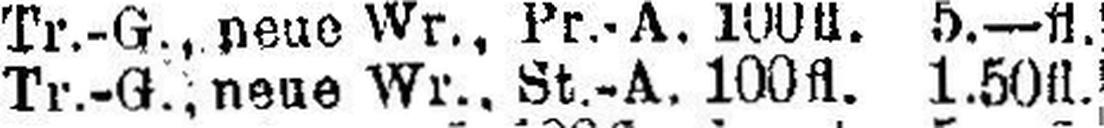
Tr.-G., neue Wr., St.-A. 100fl. 1.50fl.